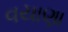
વયાણા